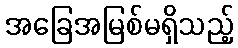
အခြေအမြစ်မရှိသည့်